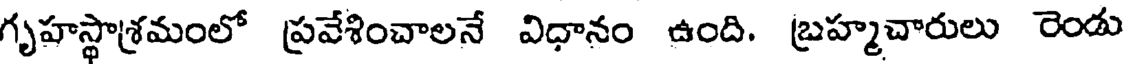
గృహస్థాశ్రమంలో ప్రవేశించాలనే విధానం ఉంది. బ్రహ్మచారులు రెండు